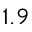
1 . 9